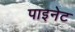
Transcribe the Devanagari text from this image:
पाइनेट